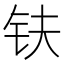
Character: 𫓧